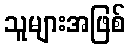
သူများအဖြစ်